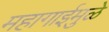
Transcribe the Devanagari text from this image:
महागाईमुळे